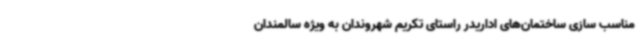
مناسب سازی ساختمان‌های اداریدر راستای تکریم شهروندان به ویژه سالمندان